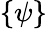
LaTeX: \{ \psi\}